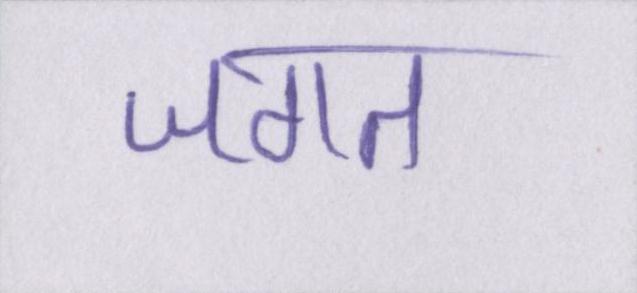
जगत